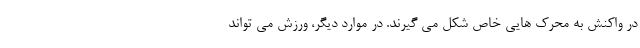
در واکنش به محرک هایی خاص شکل می گیرند. در موارد دیگر، ورزش می تواند